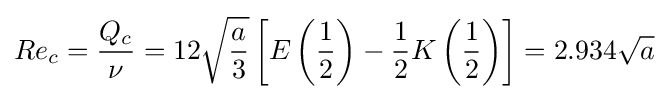
Re_{c}={\frac {Q_{c}}{\nu }}=12{\sqrt {\frac {a}{3}}}\left[E\left({\frac {1}{2}}\right)-{\frac {1}{2}}K\left({\frac {1}{2}}\right)\right]=2.934{\sqrt {a}}